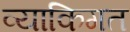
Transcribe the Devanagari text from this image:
व्याकिगत